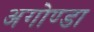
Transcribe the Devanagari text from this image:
अगोण्डा